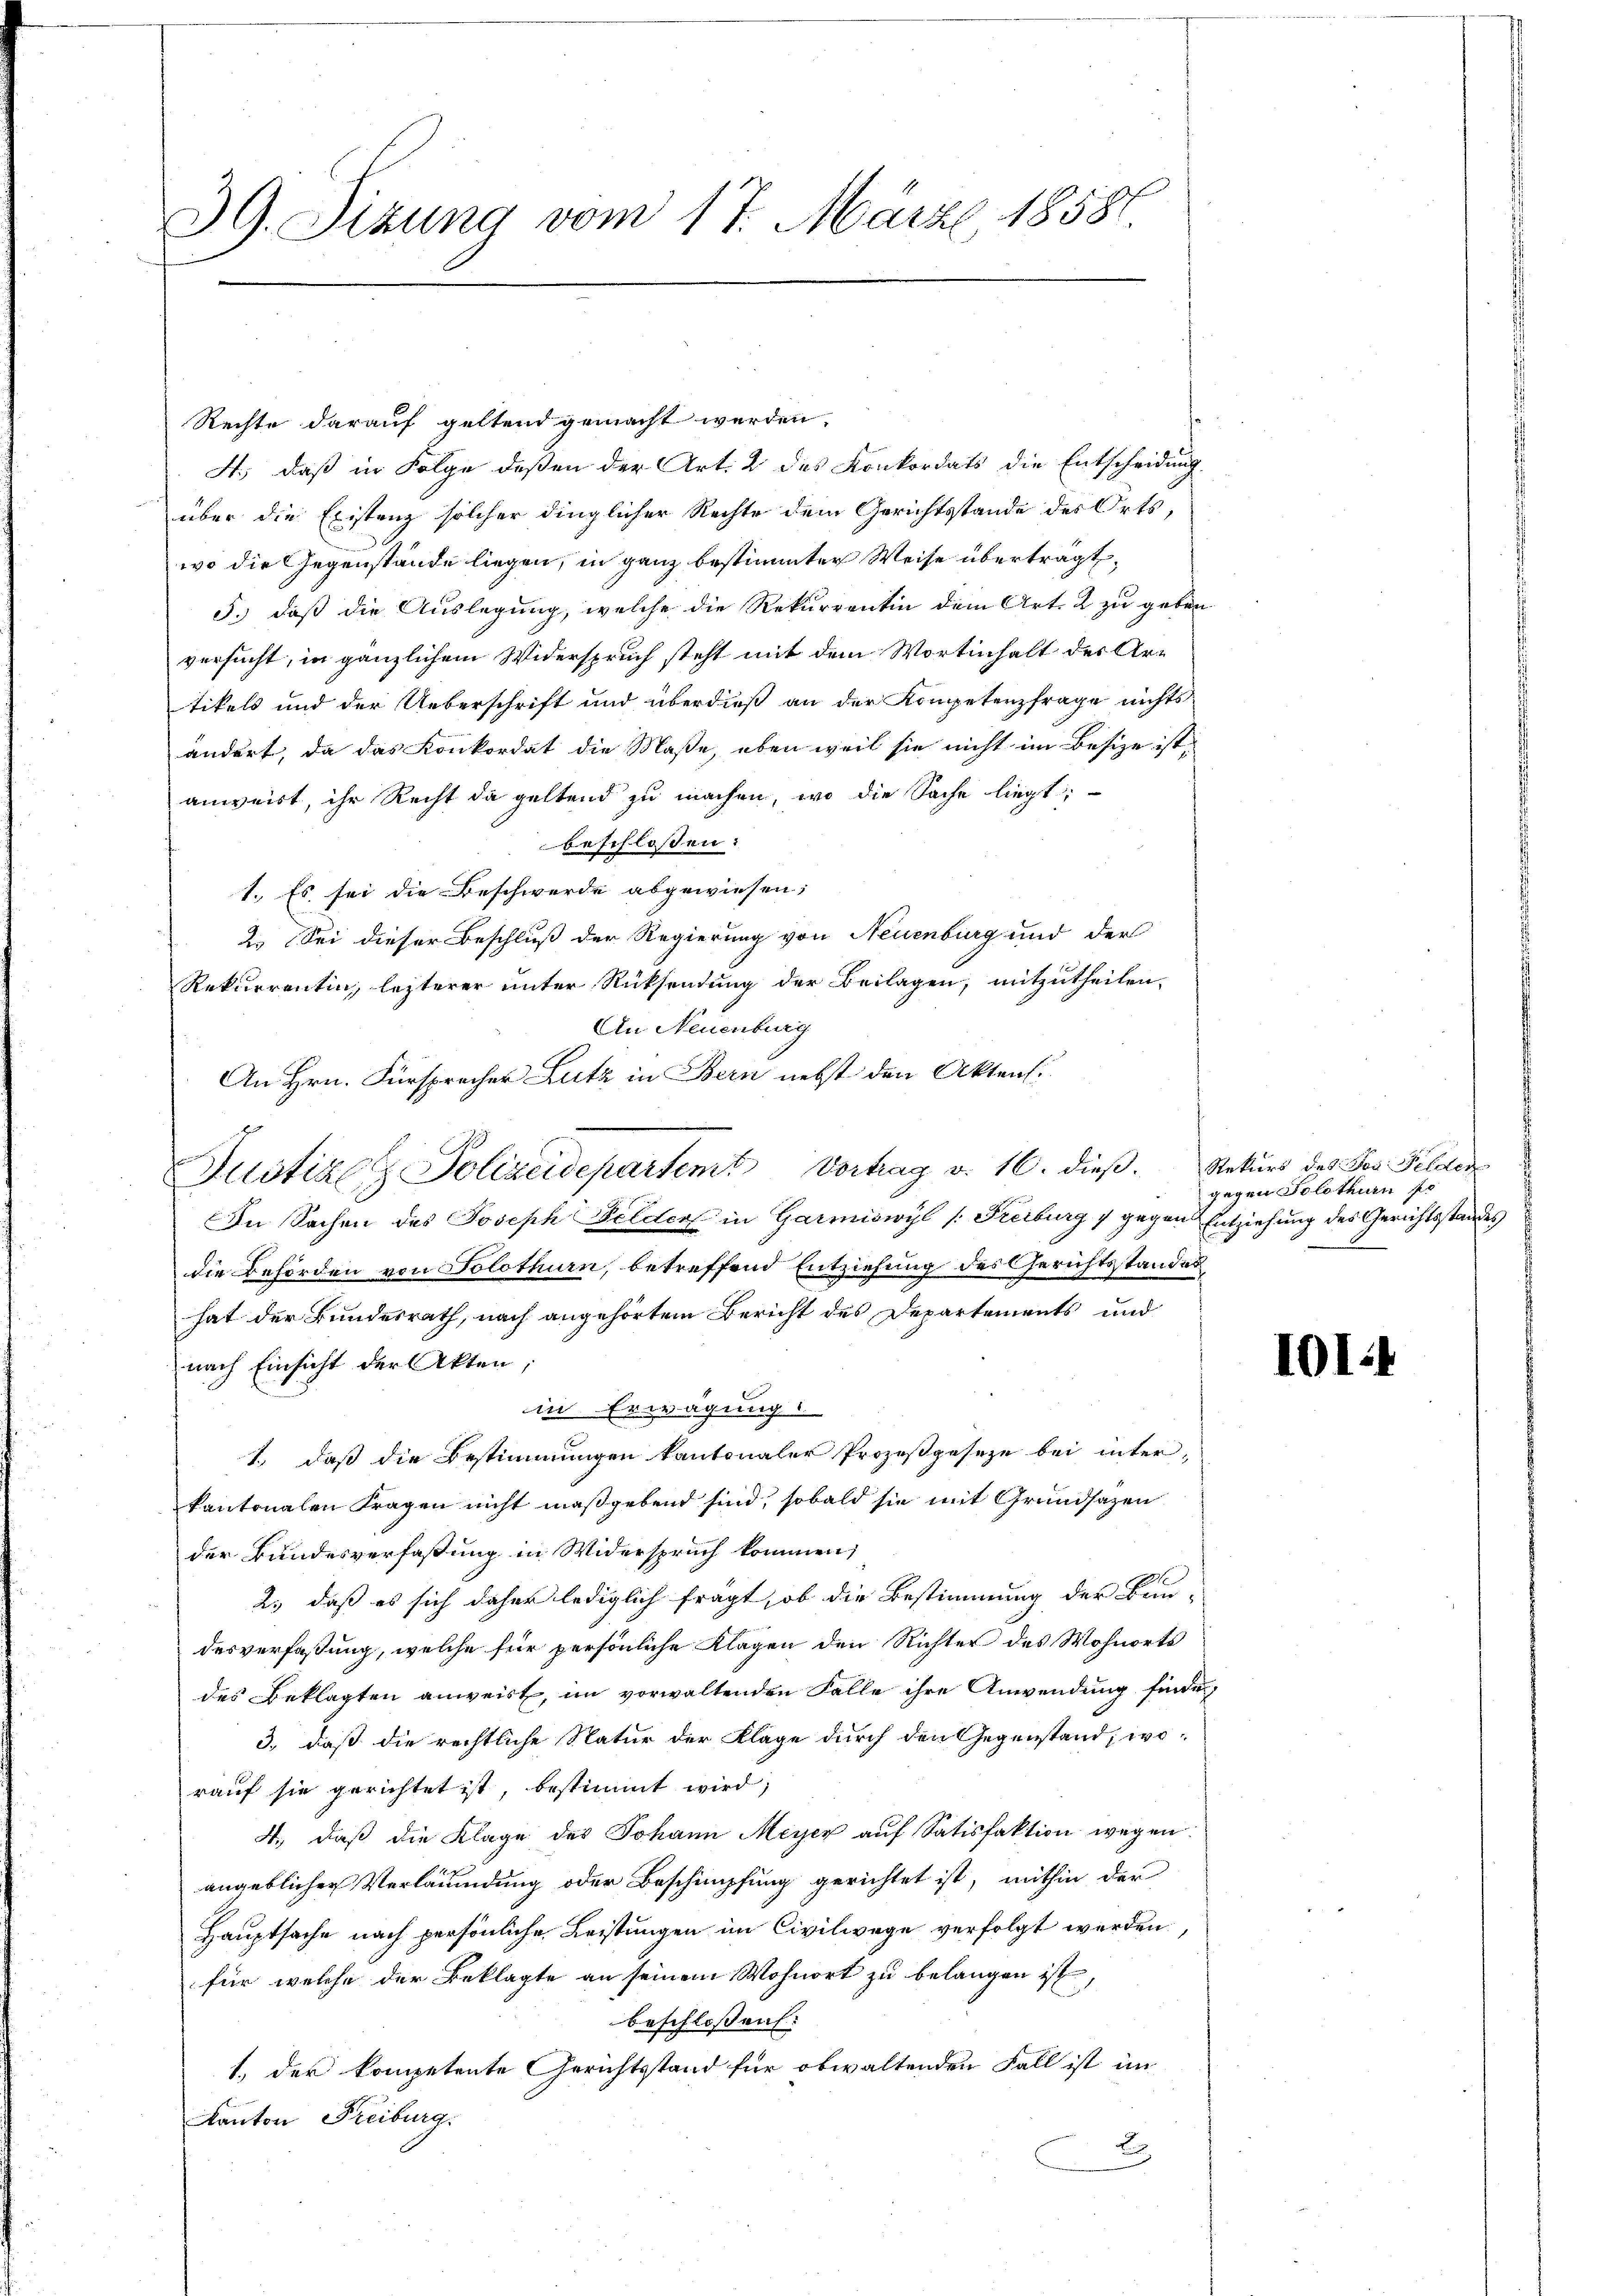
39. Sizung vom 17. März 18581.

Rechte darauf geltend gemacht werden,
4., daß in Folge deßen der Art. 2 des Konkordats die Entscheidung
über die Existanz solcher dinglicher Rechte dem Gerichtsstande des Orts,
wo die Gegenstände liegen, in ganz bestimmter Weise überträgt,
5.) daß die Auslegung, welche die Rekurrentin dem Art. 2 zu geben
versucht, in gänzlichem Widerspruch steht mit dem Wortinhalt des Artikels und der Ueberschrift und überdieß an der Kompetenzfrage nichts
ändert, da das Konkordat die Maße, eben weil sie nicht im Besize ist,
anweist, ihr Recht da geltend zu machen, wo die Sache liegt;
beschloßen:
1. Es sei die Beschwerde abgewiesen;
2. Sei dieser Beschluß der Regierung von Neuenburg und der
Rekurrentin, lezterer unter Rücksendung der Beilagen, mitzutheilen,
An Neuenburg
An Hrn. Fürsprecher Lutz in Bern nebst den Aktens.
In Sachen des Joseph Felder in Garmiswyl (Freiburg 1 gegen Entziehung des Gerichtsstandes
die Behörden von Solothurn, betreffend Entziehung des Gerichtsstandes
hat der Bundesrath, nach angehörtem Bericht des Departements und
nach Einsicht der Akten,
in Erwägung
1.) daß die Bestimmungen kantonaler Prozeßgeseze bei interkantonalen Fragen nicht maßgebend sind, sobald sie mit Grundsazen
der Bundesverfaßung in Widerspruch kommen,
2.) daß es sich daher lediglich fragt, ob die Bestimmung der Bun-
desverfaßung, welche für persönliche Klagen den Richter des Wohnorts
des Beklagten anweist, im vorwaltenden Falle ihre Anwendung finde
3., daß die rechtliche Natur der Klage durch den Gegenstand, worauf sie gerichtet ist, bestimmt wird;
4., daß die Klage des Johann Meyer auf Satisfaktion wegen
angeblicher Verläumdung oder Beschimpfung gerichtet ist, mithin der
Hauptsache nach persönliche Leistungen im Civilwege verfolgt werden,
für welche der Beklagte an seinem Wohnort zu belangen ist,
beschloßen:
1., der kompetente Gerichtsstand für obwaltenden Fall ist im
Kanton Freiburg.
2

e

Justine Polizeidepartemt Vortrag v. 16. dieß

Rekurs des der Felder
gegen Solothurn pr

101: